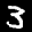
Label: 3